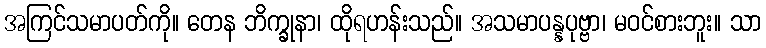
အကြင်သမာပတ်ကို။ တေန ဘိက္ခုနာ၊ ထိုရဟန်းသည်။ အသမာပန္နပုဗ္ဗာ၊ မဝင်စားဘူး။ သာ